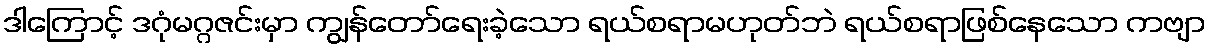
ဒါကြောင့် ဒဂုံမဂ္ဂဇင်းမှာ ကျွန်တော်ရေးခဲ့သော ရယ်စရာမဟုတ်ဘဲ ရယ်စရာဖြစ်နေသော ကဗျာ